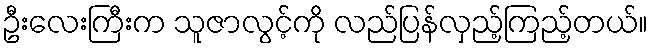
ဦးလေးကြီးက သူဇာလွင့်ကို လည်ပြန်လှည့်ကြည့်တယ်။